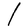
Character: l